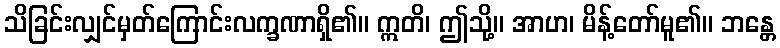
သိခြင်းလျှင်မှတ်ကြောင်းလက္ခဏာရှိ၏။ ဣတိ၊ ဤသို့။ အာဟ၊ မိန့်တော်မူ၏။ ဘန္တေ